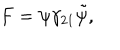
F = \psi \gamma _ { 2 1 } \tilde { \psi } ,